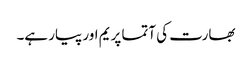
بھارت کی آتما پریم اور پیار ہے۔